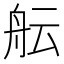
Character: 𮶘